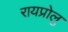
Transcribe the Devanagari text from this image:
रायप्रोलु